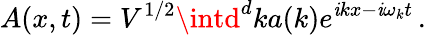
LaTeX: A(x,t)=V^{1/2}\intd^{d}ka(k)e^{\mathit{i}kx-\mathit{i}\omega_{k}t}\, .